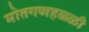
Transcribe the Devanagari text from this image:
मोतगणहळ्ळी